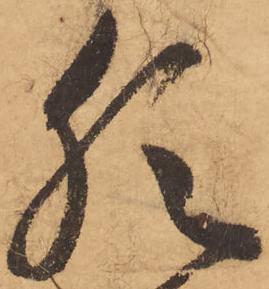
猶